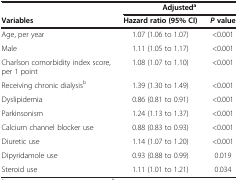
|  | <COLSPAN=2> Adjusteda |
 | Variables | Hazard ratio (95%CI) | Pvalue |
 | --- | --- | --- |
 | Age, per year | 1.07 (1.06 to 1.07) | <0.001 |
 | Male | 1.11 (1.05 to 1.17) | <0.001 |
 | Charlson comorbidity index score, per 1 point | 1.08 (1.07 to 1.10) | <0.001 |
 | Receiving chronic dialysisb | 1.39 (1.30 to 1.49) | <0.001 |
 | Dyslipidemia | 0.86 (0.81 to 0.91) | <0.001 |
 | Parkinsonism | 1.24 (1.13 to 1.37) | <0.001 |
 | Calcium channel blocker use | 0.88 (0.83 to 0.93) | <0.001 |
 | Diuretic use | 1.14 (1.07 to 1.20) | <0.001 |
 | Dipyridamole use | 0.93 (0.88 to 0.99) | 0.019 |
 | Steroid use | 1.11 (1.01 to 1.21) | 0.034 |